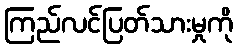
ကြည်လင်ပြတ်သားမှုကို